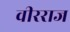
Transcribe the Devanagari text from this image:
वीरराज